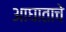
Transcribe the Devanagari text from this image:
आघाताचे